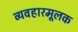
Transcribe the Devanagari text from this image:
व्यवहारमूलक